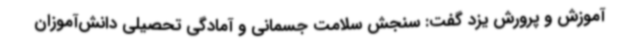
آموزش و پرورش یزد گفت: سنجش سلامت جسمانی و آمادگی تحصیلی دانش‌آموزان